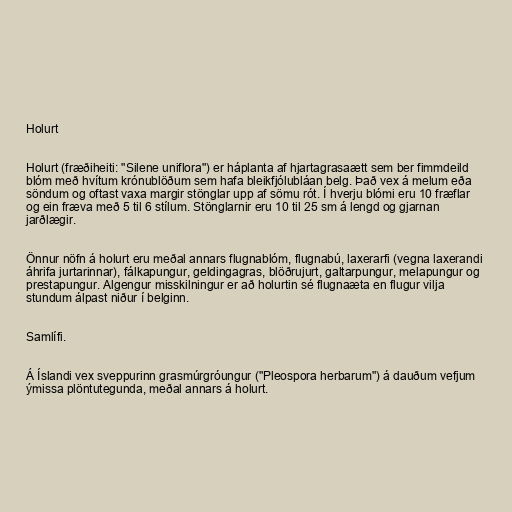
Holurt

Holurt (fræðiheiti: "Silene uniflora") er háplanta af hjartagrasaætt sem ber fimmdeild
blóm með hvítum krónublöðum sem hafa bleikfjólubláan belg. Það vex á melum eða
söndum og oftast vaxa margir stönglar upp af sömu rót. Í hverju blómi eru 10 fræflar
og ein fræva með 5 til 6 stílum. Stönglarnir eru 10 til 25 sm á lengd og gjarnan
jarðlægir.

Önnur nöfn á holurt eru meðal annars flugnablóm, flugnabú, laxerarfi (vegna laxerandi
áhrifa jurtarinnar), fálkapungur, geldingagras, blöðrujurt, galtarpungur, melapungur og
prestapungur. Algengur misskilningur er að holurtin sé flugnaæta en flugur vilja
stundum álpast niður í belginn.

Samlífi.

Á Íslandi vex sveppurinn grasmúrgróungur ("Pleospora herbarum") á dauðum vefjum
ýmissa plöntutegunda, meðal annars á holurt.